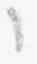
之